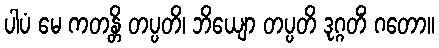
ပါပံ မေ ကတန္တိ တပ္ပတိ၊ ဘိယျော တပ္ပတိ ဒုဂ္ဂတိံ ဂတော။